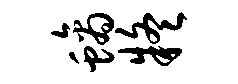
螭疑